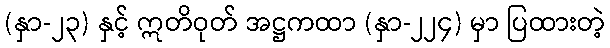
(နှာ-၂၃) နှင့် ဣတိဝုတ် အဋ္ဌကထာ (နှာ-၂၂၄) မှာ ပြထားတဲ့